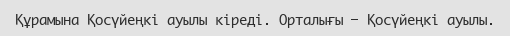
Құрамына Қосүйеңкі ауылы кіреді. Орталығы – Қосүйеңкі ауылы.